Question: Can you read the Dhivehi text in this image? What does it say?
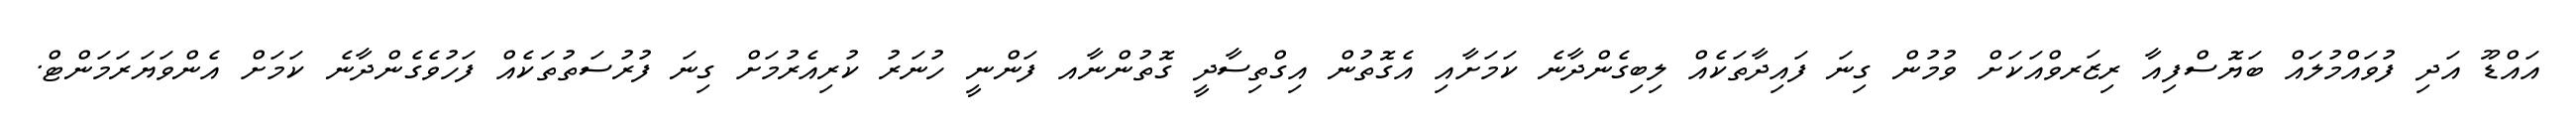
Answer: އައްޑޫ އަދި ފުވައްމުލައް ބަޔޮސްފިއާ ރިޒަރވްއަކަށް ވުމުން ގިނަ ފައިދާތަކެއް ލިބިގެންދާނެ ކަމަށާއި އެގޮތުން އިގްތިސާދީ ގޮތުންނާއ ފަންނީ ހުނަރު ކުރިއެރުމަށް ގިނަ ފުރުސަތުތަކެއް ފަހުވެގެންދާނެ ކަމަށް އެންވަޔަރަމަންޓް.